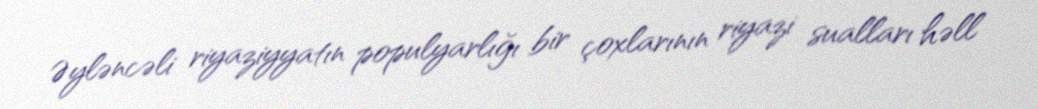
Əyləncəli riyaziyyatın populyarlığı bir çoxlarının riyazi sualları həll